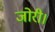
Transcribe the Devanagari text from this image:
जोरी।